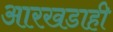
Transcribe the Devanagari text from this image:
आरखडाही